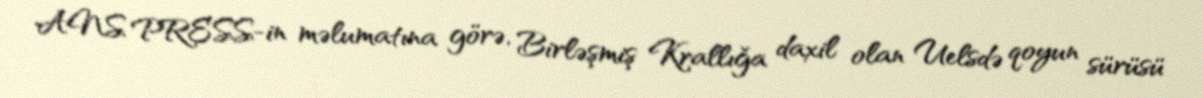
ANS PRESS-in məlumatına görə, Birləşmiş Krallığa daxil olan Uelsdə qoyun sürüsü